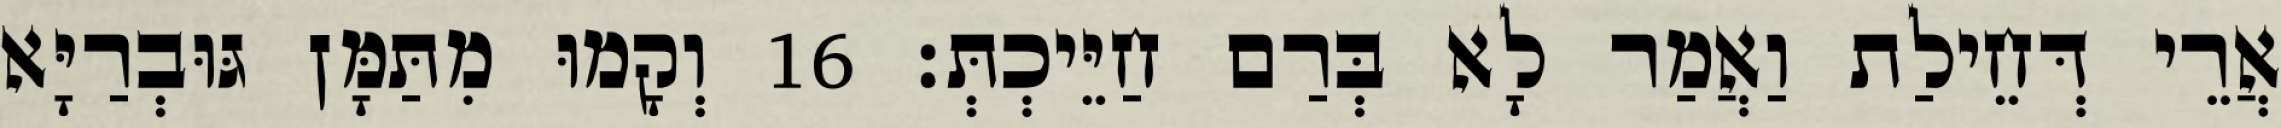
אֲרֵי דְּחֵילַת וַאֲמַר לָא בְּרַם חַיֵּיכְתְּ׃ 16 וְקָמוּ מִתַּמָּן גּוּבְרַיָּא